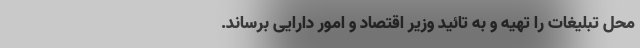
محل تبلیغات را تهیه و به تائید وزیر اقتصاد و امور دارایی برساند.